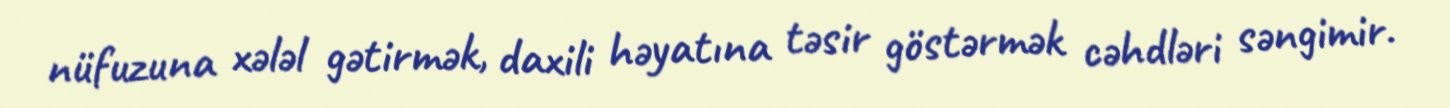
nüfuzuna xələl gətirmək, daxili həyatına təsir göstərmək cəhdləri səngimir.